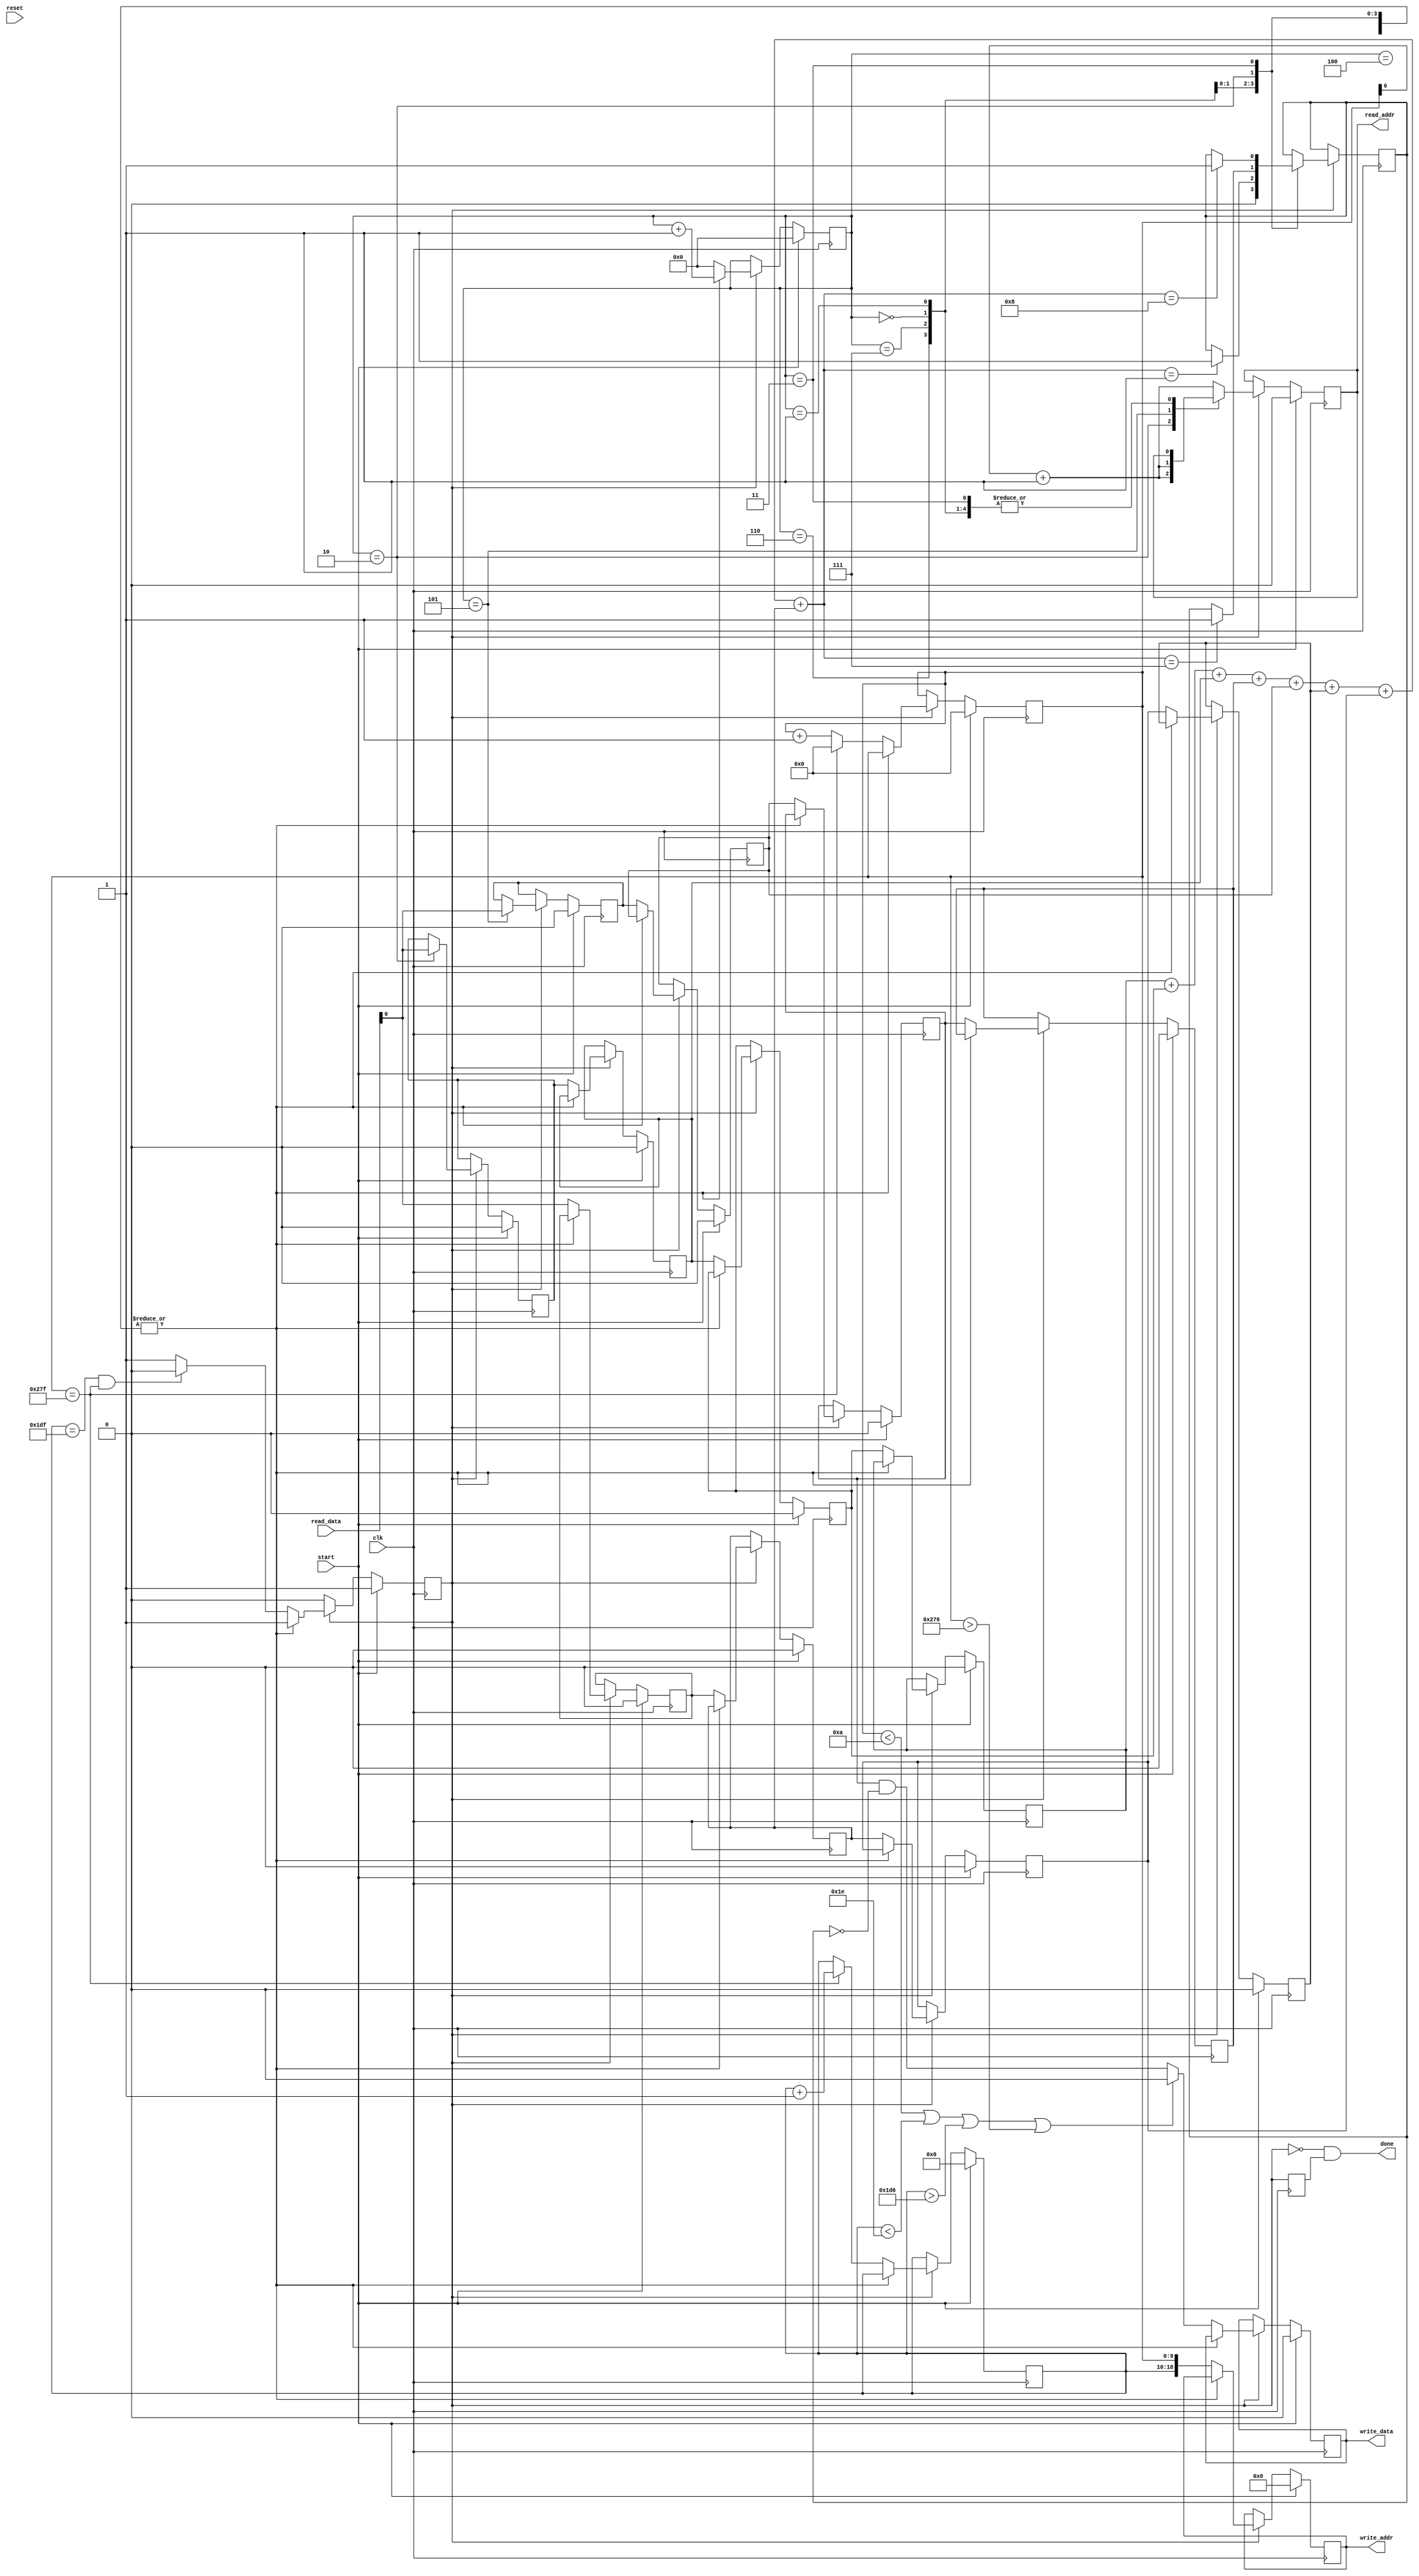
module thinner #(parameter WIDTH = 640, HEIGHT = 480) 
							  (input reset,
								input clk,
								input start,
								output done,
								output reg read_addr,
								input  [35:0] read_data,
								output reg [18:0] write_addr,
								output reg write_data);
	reg [9:0] x;
	reg [8:0] y;
	reg pixel_buffer [8:0];
	reg pixel_load_buffer [2:0];
	reg [4:0] operation_count;
	reg go = 0;
	reg old_go = 0;

	assign done = ~go & old_go; //generate the done signal
	
	reg delete = 0;
	wire [3:0] p = pixel_buffer[0] +  pixel_buffer[1] + 
						pixel_buffer[2] + pixel_buffer[3] + 
						pixel_buffer[5] + pixel_buffer[6] + 
						pixel_buffer[7] + pixel_buffer[8];
	
	always @(posedge clk) begin	
		old_go <= go; //used to generate the done signal
		if(go) begin
			operation_count <= operation_count + 1;
			case(operation_count)
				0: begin
						delete <= 0; //reset delete marker
					end
				1: begin 
						if(p == 1) begin
							delete <= 1;
						end
					end
				2: begin 
						if(p == 7) begin
							delete <= 1;
						end
						//load in pixel data
						pixel_load_buffer[0] <= read_data;
						//set address of next pixel to read
						read_addr <= {y[8:0], x[9:0]} + 3; 
					end
				3: begin 
						if(p == 8) begin
							delete <= 1;
						end
					end
				4: begin 

					end
				5: begin

						//load in pixel data
						pixel_load_buffer[1] <= read_data;
						//set address of next pixel to read
						read_addr <= {y[8:0] + 1, x[9:0]} + 3;
					end
				6: delete <= delete;
				7: delete <= delete;
				default begin
					operation_count <= 0;
					//shift in new data
					pixel_buffer[0] <= pixel_buffer[1];
					pixel_buffer[1] <= pixel_buffer[2];
					pixel_buffer[2] <= pixel_load_buffer[0];
					pixel_buffer[3] <= pixel_buffer[4];
					pixel_buffer[4] <= pixel_buffer[5];
					pixel_buffer[5] <= pixel_load_buffer[1];
					pixel_buffer[6] <= pixel_buffer[7];
					pixel_buffer[7] <= pixel_buffer[8];
					pixel_buffer[8] <= pixel_load_buffer[2];
					
					//load in pixel data
					pixel_load_buffer[2] <= read_data;
					//set address of next pixel to read
					read_addr <= {y[8:0] - 1 , x[9:0]} + 3; 
					//write edge or not
					write_addr <= {y[8:0], x[9:0]};
					
					if(x < 10 | y < 30 | y > 470 | x > 630) begin
						write_data <= 0;
					end
					else begin
						write_data <= pixel_buffer[4] & ~delete;
					end

					x <= x + 1; //move to next pixel
					if(x == WIDTH - 1) begin
						x <= 0;
						y <= y + 1; //go to next line
					end
					//if we read the end of the image, stop processing
					if(y == HEIGHT - 1 && x == WIDTH - 1) begin
						go <= 0;
					end
					
				end
			endcase
		end
		
		if(start) begin
				read_addr <= 0;
				write_addr <= 0;
				write_data <= 0;
				x <= 0;
				y <= 0;
				operation_count <= 0;
				go <= 1;
				pixel_buffer[0] <= 0;
				pixel_buffer[1] <= 0;
				pixel_buffer[2] <= 0;
				pixel_buffer[3] <= 0;
				pixel_buffer[4] <= 0;
				pixel_buffer[5] <= 0;
				pixel_buffer[6] <= 0;
				pixel_buffer[7] <= 0;
				pixel_buffer[8] <= 0;
				pixel_load_buffer[0] <= 0;
				pixel_load_buffer[1] <= 0;
				pixel_load_buffer[2] <= 0;
		end
	end

endmodule